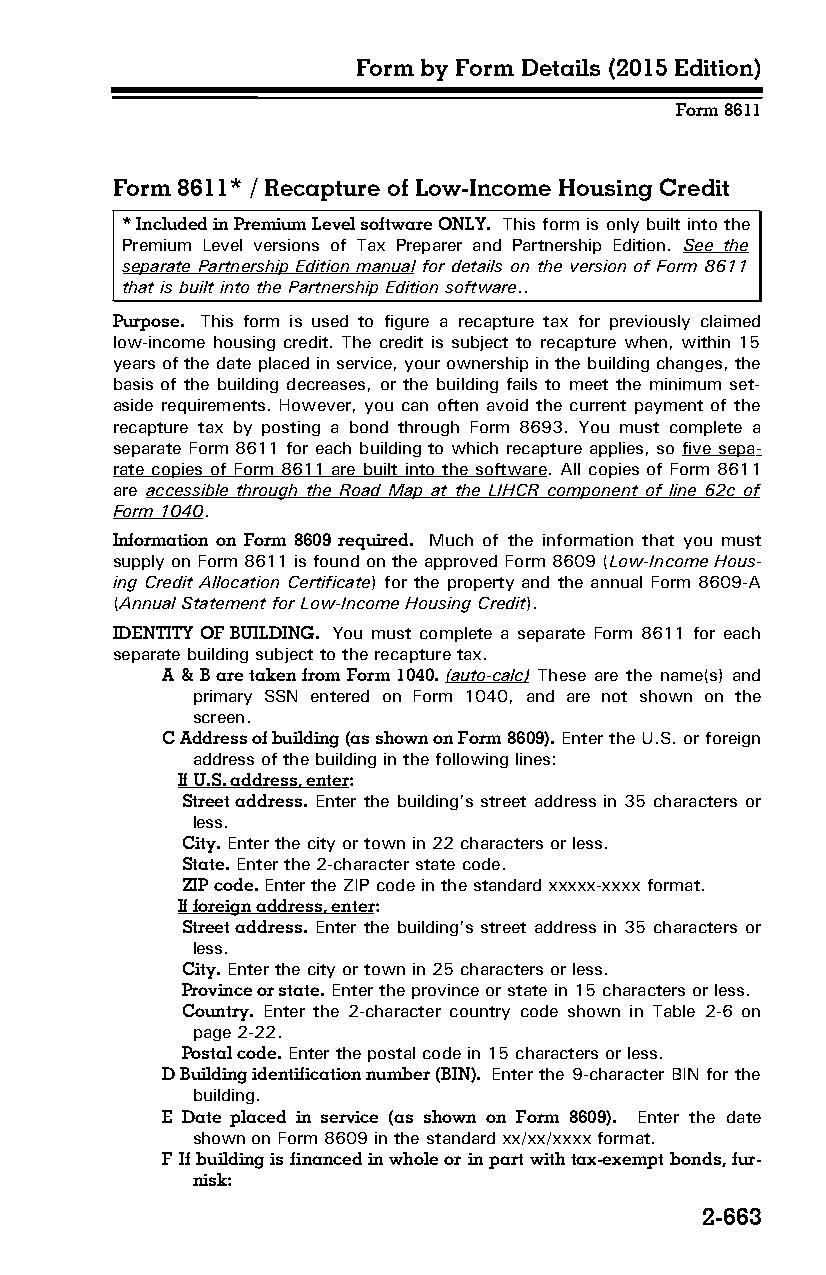
Form by Form Details (2015 Edition)
 Form 8611
 Form 8611* / Recapture of Low-Income Housing Credit
 * Included in Premium Level software ONLY. This form is only built into the
 Premium Level versions of Tax Preparer and Partnership Edition. See the
 separate Partnership Edition manual for details on the version of Form 8611
 that is built into the Partnership Edition software..
 Purpose. This form is used to figure a recapture tax for previously claimed
 low-income housing credit. The credit is subject to recapture when, within 15
 years of the date placed in service, your ownership in the building changes, the
 basis of the building decreases, or the building fails to meet the minimum set-
 aside requirements. However, you can often avoid the current payment of the
 recapture tax by posting a bond through Form 8693. You must complete a
 separate Form 8611 for each building to which recapture applies, so five sepa­
 rate copies of Form 8611 are built into the software. All copies of Form 8611
 are accessible through the Road Map at the LIHCR component of line 62c of
 Form 1040.
 Information on Form 8609 required. Much of the information that you must
 supply on Form 8611 is found on the approved Form 8609 (Low-Income Hous­
 ing Credit Allocation Certificate) for the property and the annual Form 8609-A
 (Annual Statement for Low-Income Housing Credit).
 IDENTITY OF BUILDING. You must complete a separate Form 8611 for each
 separate building subject to the recapture tax.
 A & B are taken from Form 1040. (auto-calc) These are the name(s) and
 primary SSN entered on Form 1040, and are not shown on the
 screen.
 C Address of building (as shown on Form 8609). Enter the U.S. or foreign
 address of the building in the following lines:
 If U.S. address, enter:
 Street address. Enter the building’s street address in 35 characters or
 less.
 City. Enter the city or town in 22 characters or less.
 State. Enter the 2-character state code.
 ZIP code. Enter the ZIP code in the standard xxxxx-xxxx format.
 If foreign address, enter:
 Street address. Enter the building’s street address in 35 characters or
 less.
 City. Enter the city or town in 25 characters or less.
 Province or state. Enter the province or state in 15 characters or less.
 Country. Enter the 2-character country code shown in Table 2-6 on
 page 2-22.
 Postal code. Enter the postal code in 15 characters or less.
 D Building identification number (BIN). Enter the 9-character BIN for the
 building.
 E Date placed in service (as shown on Form 8609). Enter the date
 shown on Form 8609 in the standard xx/xx/xxxx format.
 F If building is financed in whole or in part with tax-exempt bonds, fur­
 nisk:
 2-663